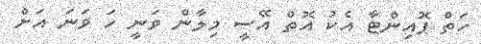
ހަތް ޕޮއިންޓާ އެކު އޮތް އޭސީ މިލާން ވަނީ ހަ ވަނަ އަށް